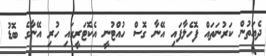
ދެއަތުން ކަރުނަތައް ފޮހެލާފައި އޭނާ ގޮސް ހުއްޓުނީ އެކޮޓަރީގައި ހުރި އޭނާގެ ބޮޑު